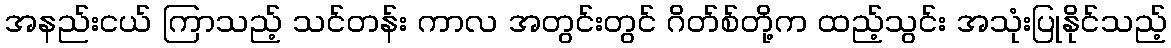
အနည်းငယ် ကြာသည့် သင်တန်း ကာလ အတွင်းတွင် ဂိတ်စ်တို့က ထည့်သွင်း အသုံးပြုနိုင်သည့်